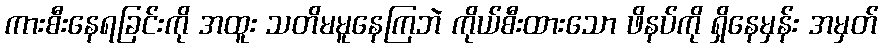
ကားစီးနေရခြင်းကို အထူး သတိမမူနေကြဘဲ ကိုယ်စီးထားသော ဖိနပ်ကို ရှိနေမှန်း အမှတ်